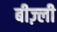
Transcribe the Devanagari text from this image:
बीज़्ली